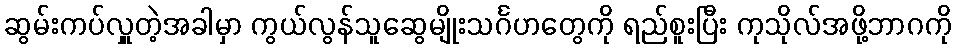
ဆွမ်းကပ်လှူတဲ့အခါမှာ ကွယ်လွန်သူဆွေမျိုးသင်္ဂဟတွေကို ရည်စူးပြီး ကုသိုလ်အဖို့ဘာဂကို